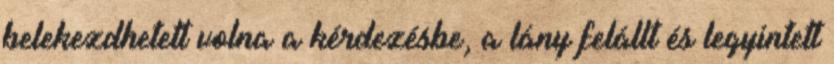
belekezdhetett volna a kérdezésbe, a lány felállt és legyintett